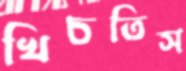
খিচতিস